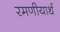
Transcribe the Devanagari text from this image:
रमणीयार्थ